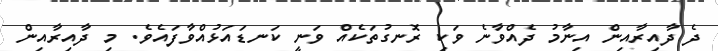
ދެ ދާއިރާއިން އިނާމު ދެއްވާނެ ވަކި ރޮނގުތަކެއް ވަނީ ކަނޑައަޅުއްވާފައެވެ. މި ދާއިރާއިން